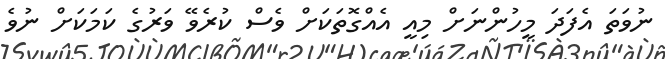
ނުވަތަ އެެފަދަ މީހުންނަށް މިއީ އެއްގޮތަކަށް ވެސް ކުރެވޭ ވަރުގެ ކަމަކަށް ނުވެ